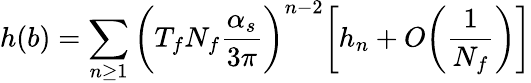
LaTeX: h(b)=\sum_{n\geq 1}\bigg(T_{f}N_{f}\frac{\alpha_{s}}{3\pi}\bigg)^{n-2}\bigg[h_{n}+O\bigg(\frac{1}{N_{f}}\bigg)\bigg]